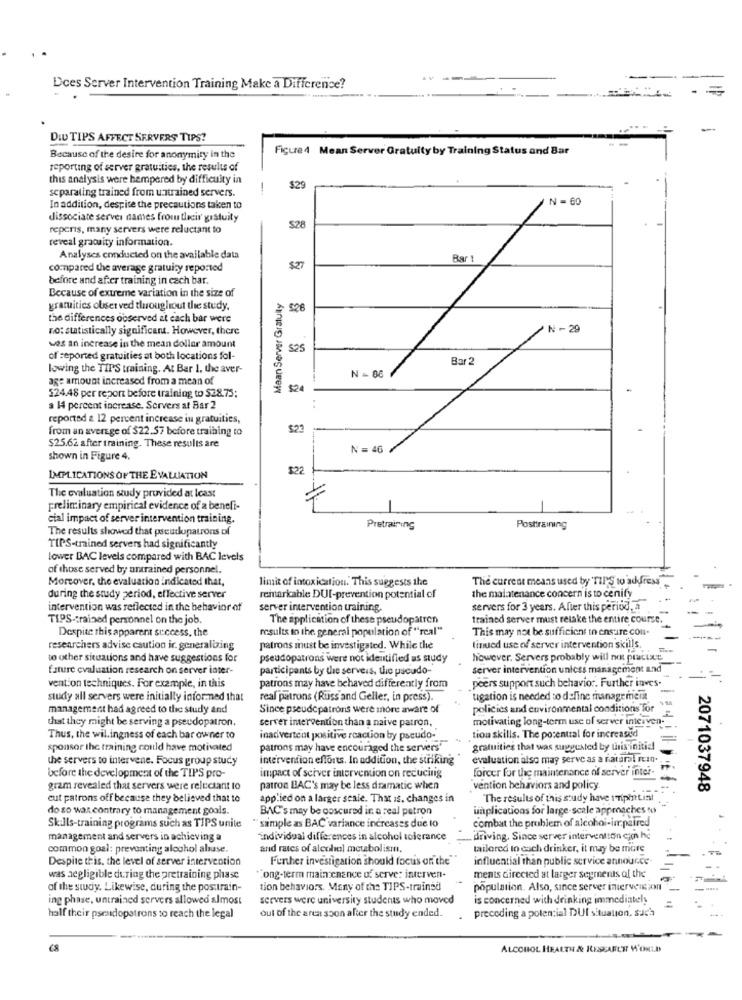
Dces Server Intervention Training Make a Difference?
=
DID TIPS AFFECT SERVERS TIPS?
Figure 4 Mean Server Gratuity by Training Status and Bar
Because of the desire for anonymity in the
reporting of server gratuities, the results of
this analysis were hempered by difficulty in
separating trained from untrained servers.
-
$29
N = 60
In addition, despite the precautions taken to
dissociate server names from their gistuity
repens, many servers were reluctant to
$28
reveal gratuity information.
Analyses conducted on the available data
Bar
compared the average gratuity reported
$27
before and after training in cach bar.
Because of extreme variation in the size of
Maan Server Gratully
gratuities obser ved throughout the study.
$26
the differences observed at each bar were
no: statistically significant. However, there
N - 29
was an increase in the mean dollar amount
525
of reported gratuities at both locations fol-
Bar 2
lowing the TIPS training. At Bar 1. the aver-
age amount increased from a mean of
N = 06
$24
524.48 per report before training to $28.75;
a 14 percent increase. Servers at Bar 2
reported a 12 percent increase in gratuities,
from an average of $22.57 before training to
$22
$25.62 after training. These results are
N=46 /
shown in Figure 4.
$22
IMPLICATIONS OF THE EVALUATION
The evaluation study provided at least
preliminary empirical evidence of a beneli-
cial impact of server intervention training.
The results showed that pseudopatrons of
Pretraining
Posttraining
TIPS-trained servers had significantly
lower BAC levels compared with BAC levels
of those served by amtrained personnel.
Morcover, the evaluation indicated that,
limit of intoxication. This suggests the
The current means used by TIPS to address
during the study period, effective server
remarkable DUI-prevention potential of
the malatenance concern is to cenify
intervention was reflected in the behavior of
server intervention training.
servers for 3 years. After this period, a
TIPS-trained personnel on the job.
The application of these pseudopatron
trained server must retake the entire course.
Despite this apparent success, the
results to the general population of "real"
This may not be sufficient in ensuite con-
researchers advise caution ir. generalizing
patrons must be investigated. While the
linued use of server intervention skills.
to other situations and have suggestions for
pseudopatrons were not identified as nudy
however. Servers probably will not practxt
fature evaluation research on server inter-
participants by the servers, the pseudo-
server intervention unless management and
vention techniques. For example, in this
peers support such behavior. Further inves-
patrons may have behaved differently from
-
study all servers were initially informed that
real patrons (Russ and Geller, in press).
tigation is needed to define management
management had agreed to the study and
Since pseudopatrons were more aware of
policies and environmental conditions for
that they might be serving a pseudopatron.
server intervention than a naive patron,
motivating long-term use of server interven-
Thus, the willingness of each bar owner to
inadvertent positive reaction by pseudo-
tion skills. The potential for increased
sponsor the training could have motivated
patrons may have encouraged the servers'
gratuities that was suggested by thisinitial
the servers to intervene. Focus group study
intervention efforts. In addition, the striking
evaluation also may serve as a natural rein.
before the development of the TIPS pro-
impact of sciver intervention on reducing
forcer for the maintenance of server inter-
gram revealed that servers were reluctant to
patron BAC's may be less dramatic when
vention behaviors and policy.
2071037948
cut patrons off because they believed that to
applied on a larger seale. That is. changes in
The results of this study have iTipitisi
do so was contrary to management goals.
BAC's may be coscured in a real patron
unplications for large-scale approaches to
Skills-training programs such as TIPS unite
"sample as BAC variance increases due to
combat the problem of alcohol-impaired
management and servers in achieving a
individual differences in alcohol tolerance
driving. Since server intervention cjon he
common goal: preventing alcohol abuse.
and rates of alcohol metabolism,
tailored to each drinker, it may be more
Despite this, the level of server intervention
Further investigation should focus on the
influential than public service annource.
was negligible during the pretraining phase
*Long-term maintenance of serve: interven-
ments directed at larger segments of the
of the sway. Likewise, during the posttrain-
tion behaviors. Many of the TIPS-trained
population. Also, since server interven
ing phase, untrained servers allowed almost
servers were university students who moved
is concerned with drinking immediately
half their pseudopatrons to reach the legal
out of the area soon after the study ended.
preceding a potential DUI situation, such
ALCOHOL HEALTH & RESEARCH WORLD